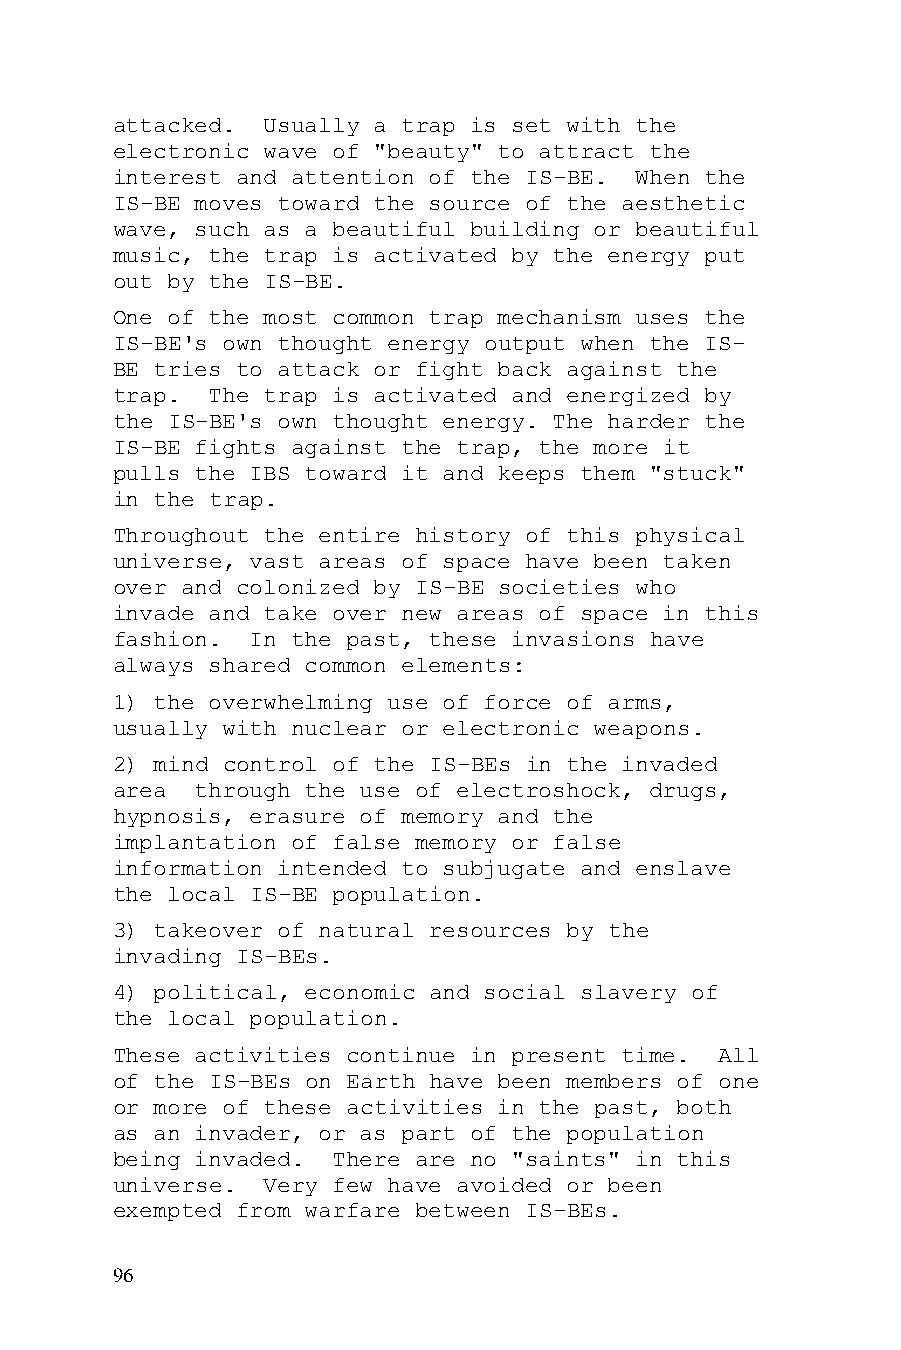
attacked. Usually a trap is set with the
 electronic wave of "beauty" to attract the
 interest and attention of the IS-BE. When the
 IS-BE moves toward the source of the aesthetic
 wave, such as a beautiful building or beautiful
 music, the trap is activated by the energy put
 out by the IS-BE.
 One of the most common trap mechanism uses the
 IS-BE's own thought energy output when the IS-
 BE tries to attack or fight back against the
 trap.  The trap is activated and energized by
 the IS-BE's own thought energy. The harder the
 IS-BE fights against the trap, the more it
 pulls the IBS toward it and keeps them "stuck"
 in the trap.
 Throughout the entire history of this physical
 universe, vast areas of space have been taken
 over and colonized by IS-BE societies who
 invade and take over new areas of space in this
 fashion.  In the past, these invasions have
 always shared common elements:
 1) the overwhelming use of force of arms,
 usually with nuclear or electronic weapons.
 2) mind control of the IS-BEs in the invaded
 area  through the use of electroshock, drugs,
 hypnosis, erasure of memory and the
 implantation of false memory or false
 information intended to subjugate and enslave
 the local IS-BE population.
 3) takeover of natural resources by the
 invading IS-BEs.
 4) political, economic and social slavery of
 the local population.
 These activities continue in present time. All
 of the IS-BEs on Earth have been members of one
 or more of these activities in the past, both
 as an invader, or as part of the population
 being invaded. There are no "saints" in this
 universe. Very few have avoided or been
 exempted from warfare between IS-BEs.
 96